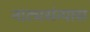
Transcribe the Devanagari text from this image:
नाट्यसंन्यास